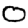
Digit: 0